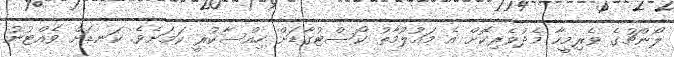
ލޯންޗުގެ ވެރިމީހާ މެދުވެރިކޮށް އެ މައުލޫމާތު ކޯސްޓުގާޑަށް ހިއްސާކުރީ ކަމަށެވެ. ކަނޑަށް ވެއްޓުނު